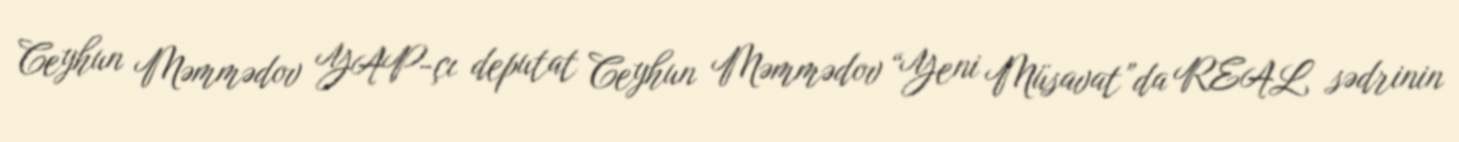
Ceyhun Məmmədov YAP-çı deputat Ceyhun Məmmədov “Yeni Müsavat”da REAL sədrinin